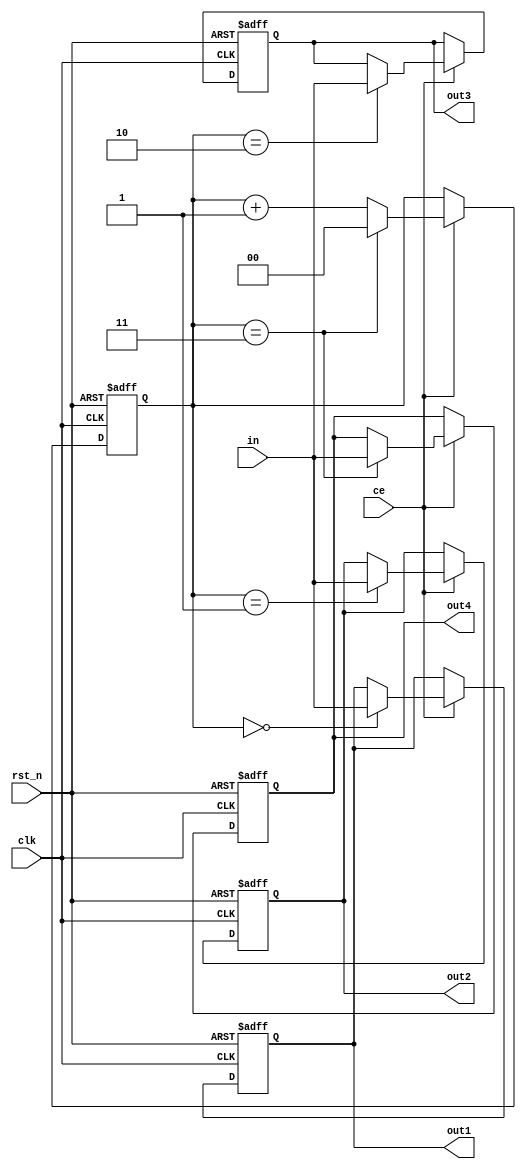
module FourInputConv(input wire [3:0] in,
                     input wire clk,
                     input wire rst_n,       // Active low reset
                     input wire ce,          // Clock Enable
                     output reg [3:0] out1,
                     output reg [3:0] out2,
                     output reg [3:0] out3,
                     output reg [3:0] out4);
reg [1:0] count;

always @(posedge clk or negedge rst_n) begin
    if (!rst_n) begin
        count <= 2'b00;
        out1  <= 4'b1111; //  15 
        out2  <= 4'b1111; //  15 
        out3  <= 4'b1111; //  15 
        out4  <= 4'b1111; //  15 
        end else if (ce) begin // Check if ce is high
        case (count)
            2'b00: out1 <= in;
            2'b01: out2 <= in;
            2'b10: out3 <= in;
            2'b11: out4 <= in;
        endcase
        if (count == 2'b11) begin
            count <= 2'b00;
            end else begin
            count <= count + 1'b1;
        end
    end
end

endmodule